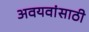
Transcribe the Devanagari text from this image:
अवयवांसाठी